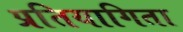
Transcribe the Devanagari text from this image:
प्रतियागिता